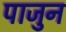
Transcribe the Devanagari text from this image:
पाजुन